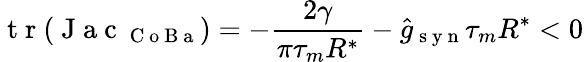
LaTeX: \mathrm{~t~r~}(\mathrm{~J~a~c~}_{\mathrm{~C~o~B~a~}})=-\frac{2\gamma}{\pi\tau_{m}R^{*}}-\hat{g}_{\mathrm{~s~y~n~}}\tau_{m}R^{*}<0